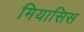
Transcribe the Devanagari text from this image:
मियासिस